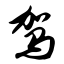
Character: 驾